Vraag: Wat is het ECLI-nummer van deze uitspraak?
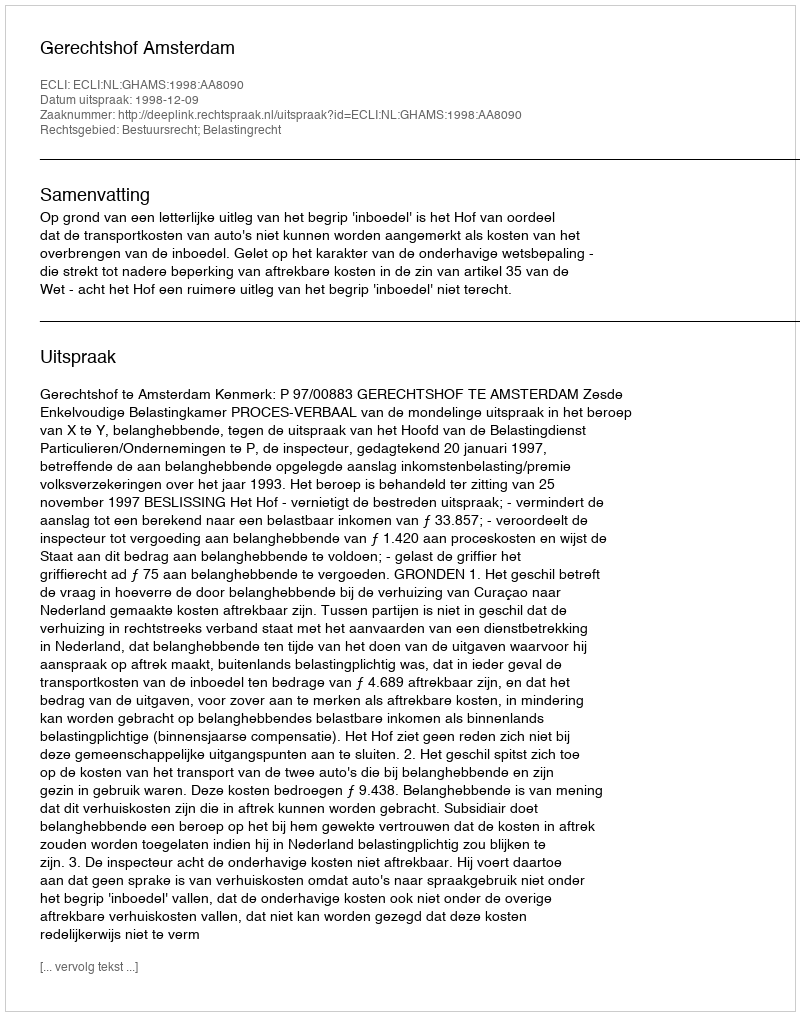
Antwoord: ECLI:NL:GHAMS:1998:AA8090